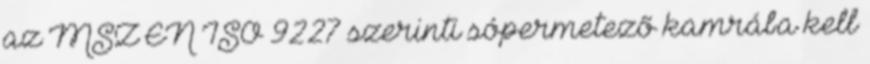
az MSZ EN ISO 9227 szerinti sópermetezõ kamrába kell